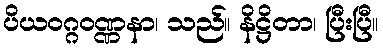
ပိယဝဂ္ဂဝဏ္ဏနာ၊ သည်။ နိဋ္ဌိတာ၊ ပြီးပြီ။